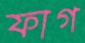
ফাগ